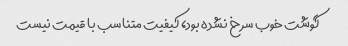
گوشت خوب سرخ نشده بود، کیفیت متناسب با قیمت نیست